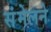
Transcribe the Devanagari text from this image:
संंमेलने